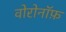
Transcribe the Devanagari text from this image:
वोरोनॉफ़